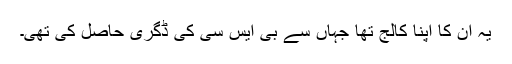
یہ ان کا اپنا کالج تھا جہاں سے بی ایس سی کی ڈگری حاصل کی تھی۔